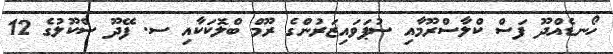
ހޯނޑެއްދޫ ފަސް ކްލާސްރޫމާއި ސުޕަވައިޒަރުންގެ ރޫމް ބްލޮކަކާއި ސ. ފޭދޫ ސްކޫލުގެ 12